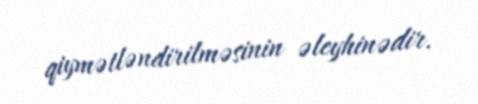
qiymətləndirilməsinin əleyhinədir.